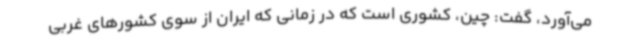
می‌آورد، گفت: چین، کشوری است که در زمانی که ایران از سوی کشورهای غربی